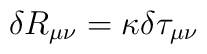
\delta R_{\mu \nu} = \kappa \delta \tau_{\mu\nu}